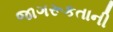
જાગરૂકતાની